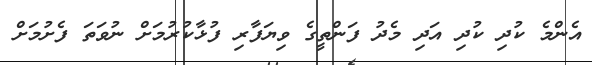
އެންމެ ކުދި ކުދި އަދި މެދު ފަންތީގެ ވިޔަފާރި ފުޅާކުރުމަށް ނުވަތަ ފެށުމަށް